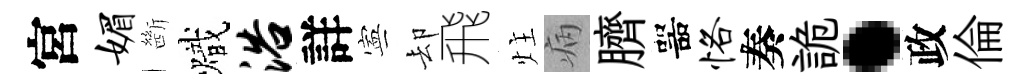
宮媚㫁熾浴詳寕却飛炷病臍噐恪奏詭·政倫